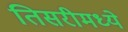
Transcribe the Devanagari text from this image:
तिसरीमध्ये